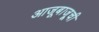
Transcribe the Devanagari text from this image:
आजूबाजू्ची